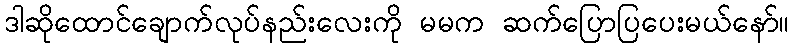
ဒါဆိုထောင်ချောက်လုပ်နည်းလေးကို မမက ဆက်ပြောပြပေးမယ်နော်။